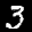
Label: 3